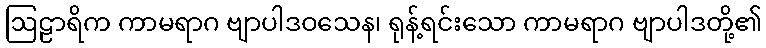
ဩဠာရိက ကာမရာဂ ဗျာပါဒဝသေန၊ ရုန့်ရင်းသော ကာမရာဂ ဗျာပါဒတို့၏